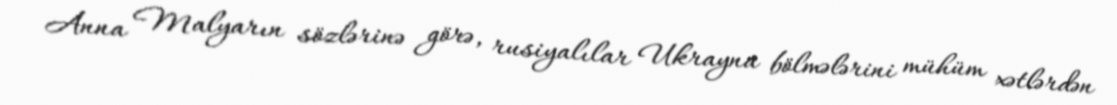
Anna Malyarın sözlərinə görə, rusiyalılar Ukrayna bölmələrini mühüm xətlərdən